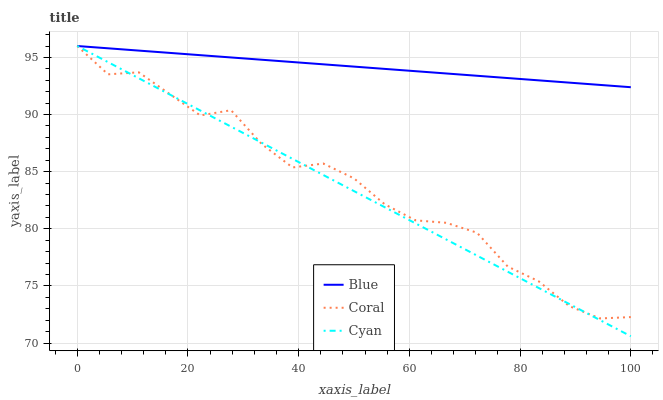
| xaxis_label | Blue | Coral | Cyan |
 | --- | --- | --- | --- |
 | 0 | 96 | 96 | 96 |
 | 5.56 | 95.8 | 93.5 | 94.6 |
 | 11.1 | 95.6 | 93.7 | 93.2 |
 | 16.7 | 95.4 | 91.8 | 91.8 |
 | 22.2 | 95.2 | 89.9 | 90.4 |
 | 27.8 | 95 | 90.4 | 88.9 |
 | 33.3 | 94.8 | 87.4 | 87.5 |
 | 38.9 | 94.6 | 85.4 | 86.1 |
 | 44.4 | 94.4 | 85.7 | 84.7 |
 | 50 | 94.2 | 84.4 | 83.3 |
 | 55.6 | 94 | 82.1 | 81.9 |
 | 61.1 | 93.8 | 80.7 | 80.5 |
 | 66.7 | 93.6 | 80.5 | 79.1 |
 | 72.2 | 93.4 | 79.7 | 77.6 |
 | 77.8 | 93.2 | 76.7 | 76.2 |
 | 83.3 | 93 | 75.4 | 74.8 |
 | 88.9 | 92.8 | 73.2 | 73.4 |
 | 94.4 | 92.6 | 72.1 | 72 |
 | 100 | 92.4 | 72.3 | 70.6 |